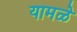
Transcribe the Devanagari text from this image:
यामळे